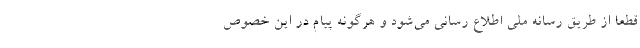
قطعا از طریق رسانه ملی اطلاع رسانی می‌شود و هرگونه پیام در این خصوص